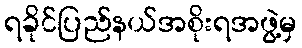
ရခိုင်ပြည်နယ်အစိုးရအဖွဲ့မှ